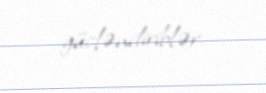
gücləndiriblər.